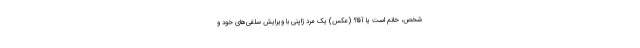
شخص، خانم است یا آقا؟ (عکس) یک مرد ژاپنی با ویرایش سلفی‌های خود و